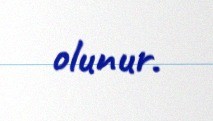
olunur.